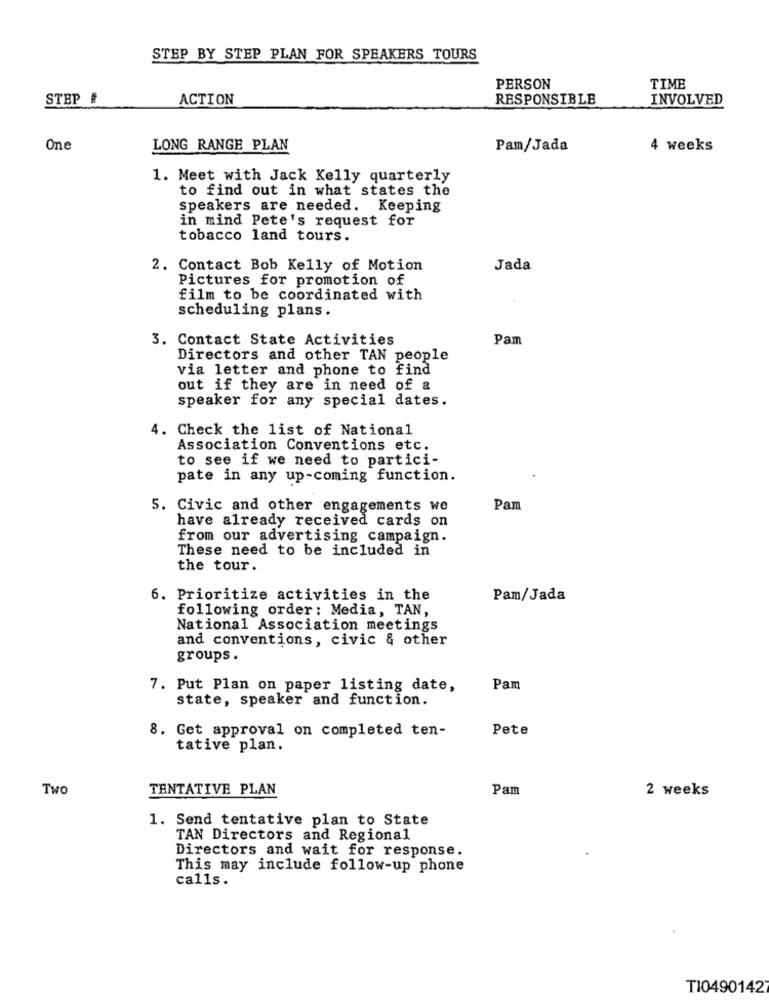
STEP BY STEP PLAN FOR SPEAKERS TOURS
PERSON
TIME
STEP #
ACTION
RESPONSIBLE
INVOLVED
One
LONG RANGE PLAN
Pam/Jada
4 weeks
1. Meet with Jack Kelly quarterly
to find out in what states the
speakers are needed. Keeping
in mind Pete's request for
tobacco land tours.
2. Contact Bob Kelly of Motion
Jada
Pictures for promotion of
film to be coordinated with
scheduling plans.
3. Contact State Activities
Pam
Directors and other TAN people
via letter and phone to find
out if they are in need of a
speaker for any special dates.
4. Check the list of National
Association Conventions etc.
to see if we need to partici-
pate in any up-coming function.
5. Civic and other engagements we
Pam
have already received cards on
from our advertising campaign.
These need to be included in
the tour.
6. Prioritize activities in the
Pam/Jada
following order: Media, TAN,
National Association meetings
and conventions, civic & other
groups .
7. Put Plan on paper listing date,
Pam
state, speaker and function.
Pete
8. Get approval on completed ten-
tative plan.
Two
TENTATIVE PLAN
Pam
2 weeks
1. Send tentative plan to State
TAN Directors and Regional
Directors and wait for response.
This may include follow-up phone
calls.
T10490142